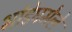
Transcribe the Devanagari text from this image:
भांडेघमेले